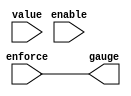
module ThermoGauge(
	gauge,
	value,
	
	enable,
	enforce
);
	
	parameter	LOGWORD=0;
	localparam	WORD=(1<<LOGWORD);
	localparam	HWORD=(1<<(LOGWORD-1));
	
	output		reg			[WORD-1:0]								gauge;
	input					[LOGWORD+1-1:0]							value;		// the +1 is to protect against compiler errors
	
	input															enable;
	input															enforce;
	
				reg													l_enable;
				reg													l_enforce;
	
				reg													r_enable;
				reg													r_enforce;
	
				wire		[HWORD+1-1:0]							l_gauge;
				wire		[HWORD+1-1:0]							r_gauge;
	
	generate
		if(LOGWORD<=0) begin
			always @(*) begin
				gauge	<=	enforce;	// output thermometer bit, this style may leave all bits off
			end
		end
		else begin
			always @(*) begin
				l_enable	<=	enable && value[LOGWORD-1];
				r_enable	<=	enable;
				
				l_enforce	<=	enforce;
				r_enforce	<=	enforce || l_enable;
				
				gauge[ WORD-1:HWORD]	<=	l_gauge;
				gauge[HWORD-1:    0]	<=	r_gauge;
			end
			
			// left-hand call to decompose operation
			ThermoGauge #(
				.LOGWORD(LOGWORD-1)
			)
			i_l_thermogauge (
				l_gauge[HWORD-1:0],
				value[LOGWORD-1:0],	// this would be the entire range if not for the +1 in the width definition
				l_enable,
				l_enforce
			);
			
			// right-hand call to decompose operation
			ThermoGauge #(
				.LOGWORD(LOGWORD-1)
			)
			i_r_thermogauge (
				r_gauge[HWORD-1:0],
				value[LOGWORD-1:0],	// this would be the entire range if not for the +1 in the width definition
				r_enable,
				r_enforce
			);
		end
	endgenerate
endmodule